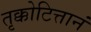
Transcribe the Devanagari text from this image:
तृक्कोटित्तानं